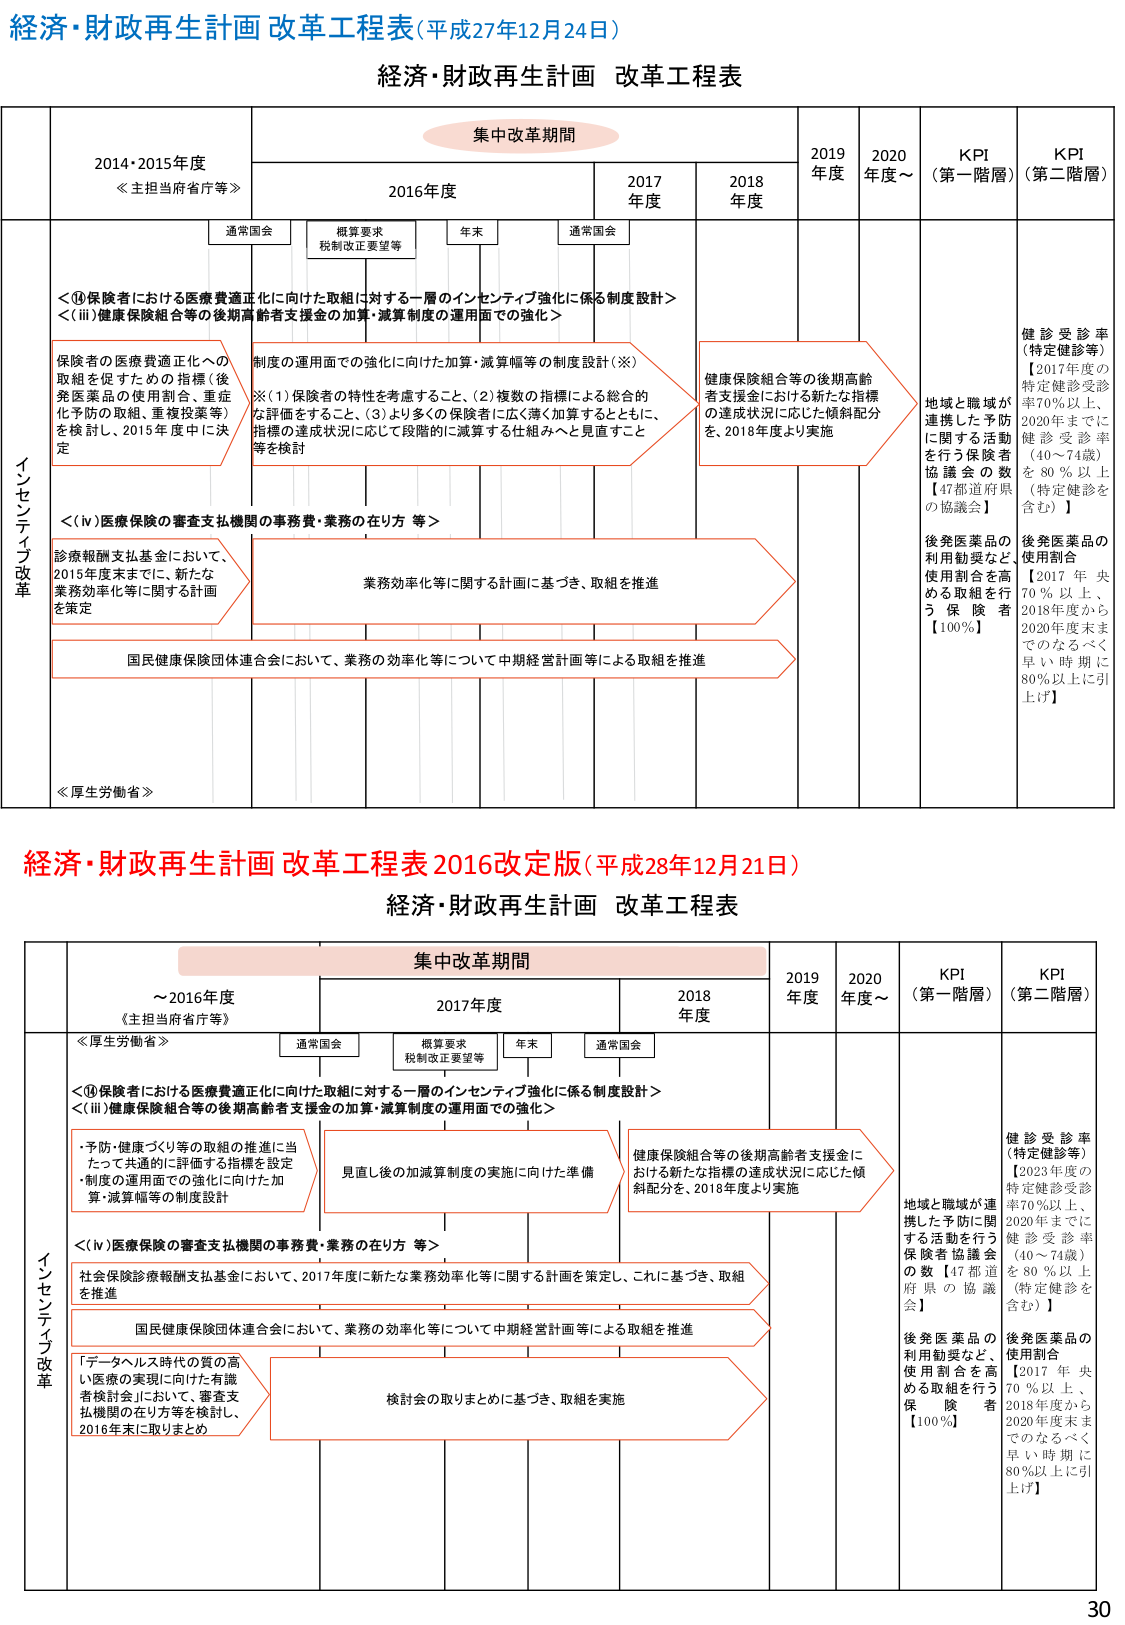
経済・財政再生計画 改革工程表(平成27年12月24日)
経済・財政再生計画 改革工程表
集中改革期間
2014・2015年度
≪主担当省庁等≫
2016年度
2017年度
2018年度
2019年度
2020年度～
KPI（第一階層）
KPI（第二階層）
通常国会
概算要求 税制改正要望等
年末
通常国会
インセンティブ改革
＜①保険者における医療費適正化に向けた取組に対する一層のインセンティブ強化に係る制度設計＞
＜(ⅲ)健康保険組合等の後期高齢者支援金の加算・減算制度の運用面での強化＞
保険者の医療費適正化への取組を促すための指標（後発医薬品の使用割合、重症化予防の取組、重複投薬等）を検討し、2015年度中に決定
制度の運用面での強化に向けた加算・減算幅等の制度設計（※）
※(1)保険者の特性を考慮すること、(2)複数の指標による総合的な評価をすること、(3)より多くの保険者に広く薄く加算をすること、指標の達成状況に応じて段階的に減算する仕組みへと見直すこと等を検討
健康保険組合等の後期高齢者支援金における新たな指標の達成状況に応じた傾斜配分を、2018年度より実施
地域と職域が連携した予防に関する活動を行う保険者協議会の数【47都道府県の協議会】
後発医薬品の利用勧奨など、使用割合を高める取組を行う保険者【100％】
健診受診率（特定健診等）【2017年度の特定健診受診率70％以上、2020年までに健診受診率（40～74歳）を80％以上（特定健診を含む）】
後発医薬品の使用割合【2017年央70％以上、2018年度から2020年度末までのなるべく早い時期に80％以上に引上げ】
＜(ⅳ)医療保険の審査支払機関の事務費・業務の在り方 等＞
診療報酬支払基金において、2015年度末までに、新たな業務効率化等に関する計画を策定
業務効率化等に関する計画に基づき、取組を推進
国民健康保険団体連合会において、業務の効率化等について中期経営計画等による取組を推進
≪厚生労働省≫

経済・財政再生計画 改革工程表 2016改定版(平成28年12月21日)
経済・財政再生計画 改革工程表
集中改革期間
～2016年度
≪主担当省庁等≫
2017年度
2018年度
2019年度
2020年度～
KPI（第一階層）
KPI（第二階層）
通常国会
概算要求 税制改正要望等
年末
通常国会
インセンティブ改革
≪厚生労働省≫
＜①保険者における医療費適正化に向けた取組に対する一層のインセンティブ強化に係る制度設計＞
＜(ⅲ)健康保険組合等の後期高齢者支援金の加算・減算制度の運用面での強化＞
・予防・健康づくり等の取組の推進に当たって共通的に評価する指標を設定
・制度の運用面での強化に向けた加算・減算幅等の制度設計
見直し後の加減算制度の実施に向けた準備
健康保険組合等の後期高齢者支援金における新たな指標の達成状況に応じた傾斜配分を、2018年度より実施
地域と職域が連携した予防に関する活動を行う保険者協議会の数【47都道府県の協議会】
後発医薬品の利用勧奨など、使用割合を高める取組を行う保険者【100％】
健診受診率（特定健診等）【2023年度の特定健診受診率70％以上、2020年までに健診受診率（40～74歳）を80％以上（特定健診を含む）】
後発医薬品の使用割合【2017年央70％以上、2018年度から2020年度末までのなるべく早い時期に80％以上に引上げ】
＜(ⅳ)医療保険の審査支払機関の事務費・業務の在り方 等＞
社会保険診療報酬支払基金において、2017年度に新たな業務効率化等に関する計画を策定し、これに基づき、取組を推進
国民健康保険団体連合会において、業務の効率化等について中期経営計画等による取組を推進
「データヘルス時代の質の高い医療の実現に向けた有識者検討会」において、審査支払機関の在り方等を検討し、2016年末に取りまとめ
検討会の取りまとめに基づき、取組を実施
30